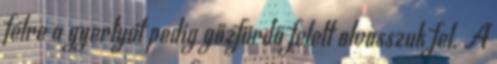
félre a gyertyát pedig gőzfürdő felett olvasszuk fel. A